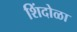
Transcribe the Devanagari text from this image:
शिंदोळा